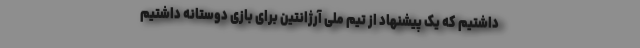
داشتیم که یک پیشنهاد از تیم ملی آرژانتین برای بازی دوستانه داشتیم